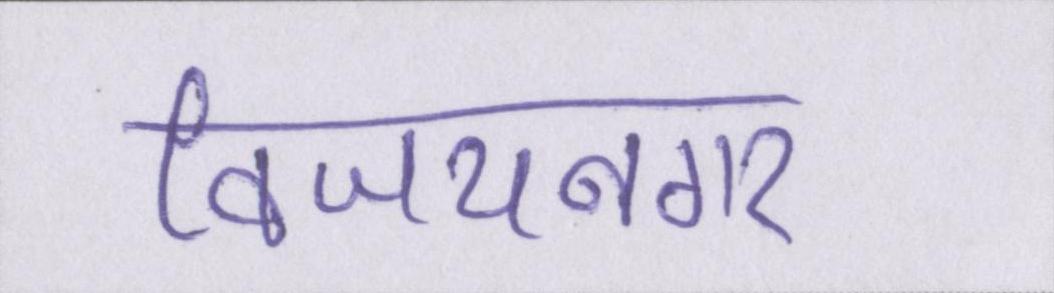
विजयनगर